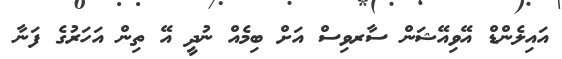
އައިލެންޑް އޭވިއޭޝަން ސާރވިސް އަށް ބިމެއް ނުދީ އޭ ތިން އަހަރުގެ ފަނާ